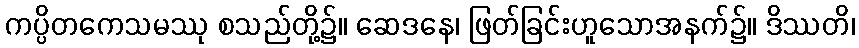
ကပ္ပိတကေသမဿု စသည်တို့၌။ ဆေဒနေ၊ ဖြတ်ခြင်းဟူသောအနက်၌။ ဒိဿတိ၊